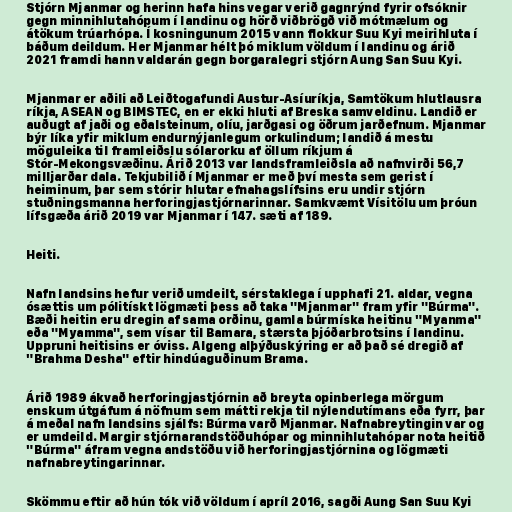
Stjórn Mjanmar og herinn hafa hins vegar verið gagnrýnd fyrir ofsóknir
gegn minnihlutahópum í landinu og hörð viðbrögð við mótmælum og
átökum trúarhópa. Í kosningunum 2015 vann flokkur Suu Kyi meirihluta í
báðum deildum. Her Mjanmar hélt þó miklum völdum í landinu og árið
2021 framdi hann valdarán gegn borgaralegri stjórn Aung San Suu Kyi.

Mjanmar er aðili að Leiðtogafundi Austur-Asíuríkja, Samtökum hlutlausra
ríkja, ASEAN og BIMSTEC, en er ekki hluti af Breska samveldinu. Landið er
auðugt af jaði og eðalsteinum, olíu, jarðgasi og öðrum jarðefnum. Mjanmar
býr líka yfir miklum endurnýjanlegum orkulindum; landið á mestu
möguleika til framleiðslu sólarorku af öllum ríkjum á
Stór-Mekongsvæðinu. Árið 2013 var landsframleiðsla að nafnvirði 56,7
milljarðar dala. Tekjubilið í Mjanmar er með því mesta sem gerist í
heiminum, þar sem stórir hlutar efnahagslífsins eru undir stjórn
stuðningsmanna herforingjastjórnarinnar. Samkvæmt Vísitölu um þróun
lífsgæða árið 2019 var Mjanmar í 147. sæti af 189.

Heiti.

Nafn landsins hefur verið umdeilt, sérstaklega í upphafi 21. aldar, vegna
ósættis um pólitískt lögmæti þess að taka "Mjanmar" fram yfir "Búrma".
Bæði heitin eru dregin af sama orðinu, gamla búrmíska heitinu "Myanma"
eða "Myamma", sem vísar til Bamara, stærsta þjóðarbrotsins í landinu.
Uppruni heitisins er óviss. Algeng alþýðuskýring er að það sé dregið af
"Brahma Desha" eftir hindúaguðinum Brama.

Árið 1989 ákvað herforingjastjórnin að breyta opinberlega mörgum
enskum útgáfum á nöfnum sem mátti rekja til nýlendutímans eða fyrr, þar
á meðal nafn landsins sjálfs: Búrma varð Mjanmar. Nafnabreytingin var og
er umdeild. Margir stjórnarandstöðuhópar og minnihlutahópar nota heitið
"Búrma" áfram vegna andstöðu við herforingjastjórnina og lögmæti
nafnabreytingarinnar.

Skömmu eftir að hún tók við völdum í apríl 2016, sagði Aung San Suu Kyi